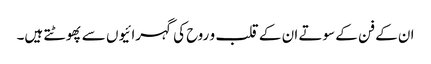
ان کے فن کے سوتے ان کے قلب و روح کی گہرائیوں سے پھوٹتے ہیں۔